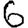
Digit: 6